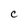
Character: C